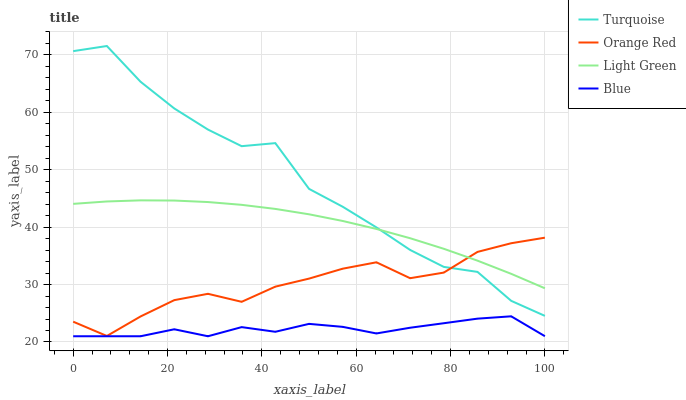
| xaxis_label | Turquoise | Orange Red | Light Green | Blue |
 | --- | --- | --- | --- | --- |
 | 0 | 70.7 | 23.5 | 44.1 | 21 |
 | 7.14 | 71.5 | 21 | 44.5 | 21 |
 | 14.3 | 65.3 | 24.4 | 44.7 | 21 |
 | 21.4 | 60.7 | 27.3 | 44.6 | 22.2 |
 | 28.6 | 57 | 28.4 | 44.4 | 21 |
 | 35.7 | 54.1 | 27 | 43.9 | 22.6 |
 | 42.9 | 54.6 | 29.6 | 43.2 | 21.8 |
 | 50 | 46.7 | 31 | 42.2 | 23.2 |
 | 57.1 | 43.6 | 32.8 | 41.1 | 22.6 |
 | 64.3 | 40 | 33.9 | 39.7 | 21.5 |
 | 71.4 | 36 | 31.1 | 38.1 | 22.5 |
 | 78.6 | 33.1 | 32.1 | 36.2 | 23.3 |
 | 85.7 | 32.2 | 35.7 | 34.2 | 24.1 |
 | 92.9 | 27.2 | 37.2 | 31.9 | 24.5 |
 | 100 | 24.5 | 38.2 | 29.4 | 21 |